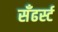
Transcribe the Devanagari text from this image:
सँढर्स्ट